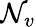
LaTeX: \mathcal{N}_{v}